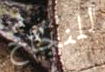
للنجاح